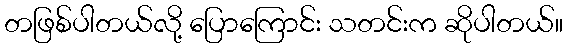
တဖြစ်ပါတယ်လို့ ပြောကြောင်း သတင်းက ဆိုပါတယ်။